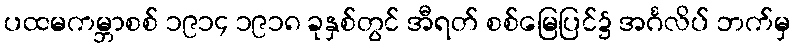
ပထမကမ္ဘာစစ် ၁၉၁၄ ၁၉၁၈ ခုနှစ်တွင် အီရတ် စစ်မြေပြင်၌ အင်္ဂလိပ် ဘက်မှ